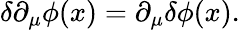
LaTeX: \delta\partial_{\mu}\phi(x)=\partial_{\mu}\delta\phi(x).